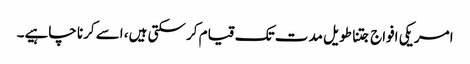
امریکی افواج جتنا طویل مدت تک قیام کر سکتی ہیں، اسے کرنا چاہیے۔